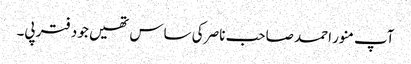
آپ منور احمد صاحب ناصر کی ساس تھیں جو دفتر پی۔